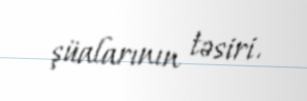
şüalarının təsiri.